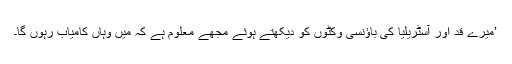
’میرے قد اور آسٹریلیا کی باؤنسی وکٹوں کو دیکھتے ہوئے مجھے معلوم ہے کہ میں وہاں کامیاب رہوں گا۔